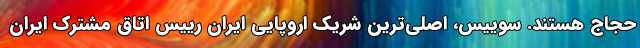
حجاج هستند. سوییس، اصلی‌ترین شریک اروپایی ایران رییس اتاق مشترک ایران